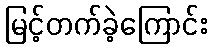
မြင့်တက်ခဲ့ကြောင်း